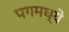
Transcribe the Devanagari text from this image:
पगमध्ये